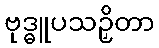
ဗုဒ္ဓူပသဉှိတာ